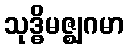
သုဒ္ဓိမဇ္ဈဂမာ